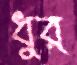
ধুর্